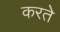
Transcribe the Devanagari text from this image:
करतेे